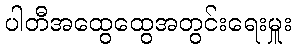
ပါတီအထွေထွေအတွင်းရေးမှူး